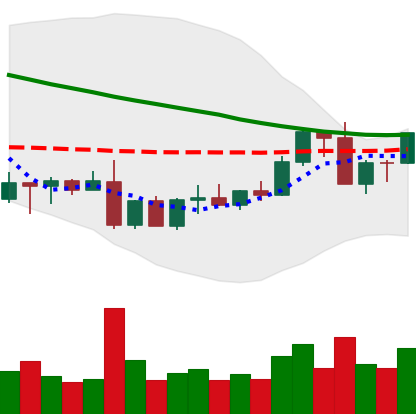
Ticker: ADA-USD
Chart end date: 2022-09-09
Forward return: -4.284%
Label: down_3_5